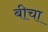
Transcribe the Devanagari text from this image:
बीचा